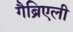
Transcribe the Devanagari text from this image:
गैब्रिएली